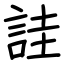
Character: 詿